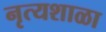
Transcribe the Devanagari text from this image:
नृत्यशाळा